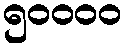
၅၀၀၀၀